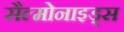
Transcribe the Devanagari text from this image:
सैल्मोनाइड्स